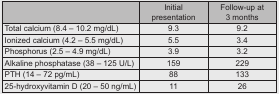
<table><thead><tr><td></td><td><b>Initial presentation</b></td><td><b>Follow-up at 3 months</b></td></tr></thead><tbody><tr><td>Total calcium (8.4 – 10.2 mg/dL)</td><td>9.3</td><td>9.2</td></tr><tr><td>Ionized calcium (4.2 – 5.5 mg/dL)</td><td>5.5</td><td>3.4</td></tr><tr><td>Phosphorus (2.5 – 4.9 mg/dL)</td><td>3.9</td><td>3.2</td></tr><tr><td>Alkaline phosphatase (38 – 125 U/L)</td><td>159</td><td>229</td></tr><tr><td>PTH (14 – 72 pg/mL)</td><td>88</td><td>133</td></tr><tr><td>25-hydroxyvitamin D (20 – 50 ng/mL)</td><td>11</td><td>26</td></tr></tbody></table>